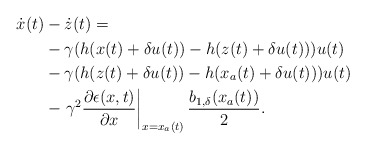
\begin{align*}\begin{aligned}\dot{x}(t)&-\dot{z}(t) =\\& -\gamma(h(x(t)+\delta u(t))-h(z(t)+\delta u(t)))u(t) \\&-\gamma(h(z(t)+\delta u(t))-h(x_a(t)+\delta u(t)))u(t)\\ &-\left.\gamma^2\dfrac{\partial\epsilon(x,t)}{\partial x}\right|_{x = x_a(t)} \dfrac{b_{1,\delta}(x_a(t))}{2}.\end{aligned}\end{align*}